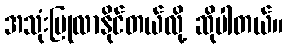
အသုံးပြုလာနိုင်တယ်လို့ ဆိုပါတယ်။